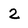
Character: 2